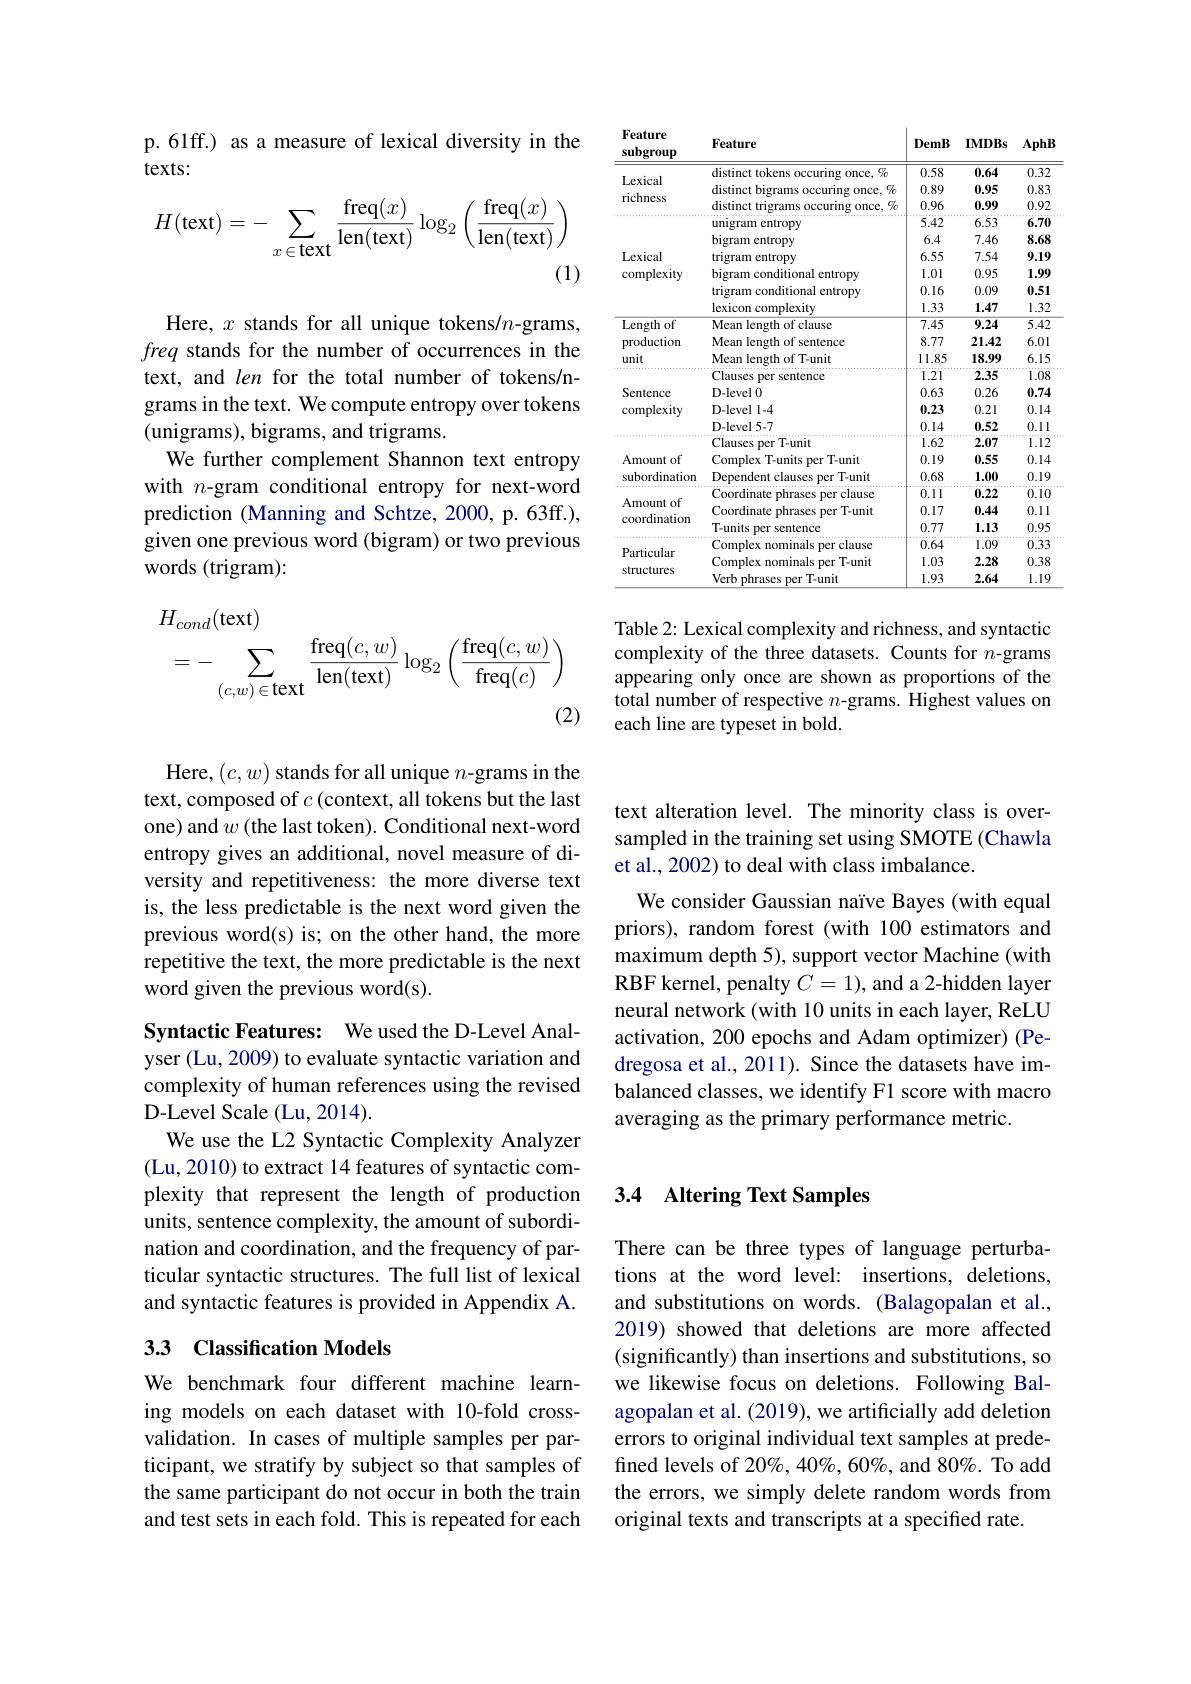
DemB IMDBs
<table>
	<tbody>
		<tr>
			<th> </th>
			<th>distinct tokens occuring once, %</th>
			<th>0.58</th>
			<th>0.64</th>
			<th>0.32</th>
		</tr>
		<tr>
			<td rowspan="3">Lexical richness</td>
			<td>distinct bigrams occuring once, $\%$</td>
			<td>0.89</td>
			<td>0.95</td>
			<td>0.83</td>
		</tr>
		<tr>
			<td>distinct trigrams occuring once, $\%$</td>
			<td>0.96</td>
			<td>0.99</td>
			<td>0.92</td>
		</tr>
		<tr>
			<td>unigram entropy</td>
			<td>5.42</td>
			<td>6.53</td>
			<td>6.70</td>
		</tr>
		<tr>
			<td rowspan="5">Lexical complexity</td>
			<td>bigram entropy</td>
			<td>6.4</td>
			<td>7.46</td>
			<td>8.68</td>
		</tr>
		<tr>
			<td>trigram entropy</td>
			<td>6.55</td>
			<td>7.54</td>
			<td>9.19</td>
		</tr>
		<tr>
			<td>bigram conditional entropy</td>
			<td>1.01</td>
			<td>0.95</td>
			<td>1.99</td>
		</tr>
		<tr>
			<td>trigram conditional entropy</td>
			<td>0.16</td>
			<td>0.09</td>
			<td>0.51</td>
		</tr>
		<tr>
			<td>lexicon complexity</td>
			<td>1.33</td>
			<td>1.47</td>
			<td>1.32</td>
		</tr>
		<tr>
			<td rowspan="3">Length of production unit</td>
			<td>Mean length of clause</td>
			<td>7.45</td>
			<td>9.24</td>
			<td>$\overline{5.42}$</td>
		</tr>
		<tr>
			<td>Mean length of sentence</td>
			<td>8.77</td>
			<td>21.42</td>
			<td>6.01</td>
		</tr>
		<tr>
			<td>Mean length of T-unit</td>
			<td>11.85</td>
			<td>18.99</td>
			<td>6.15</td>
		</tr>
		<tr>
			<td> </td>
			<td>Clauses per sentence</td>
			<td>1.21</td>
			<td>2.35</td>
			<td>1.08 </td>
		</tr>
		<tr>
			<td rowspan="3">Sentence complexity</td>
			<td>D-level 0</td>
			<td>0.63</td>
			<td>0.26</td>
			<td>0.74</td>
		</tr>
		<tr>
			<td>D-level 1-4</td>
			<td>0.23</td>
			<td>0.21</td>
			<td>0.14</td>
		</tr>
		<tr>
			<td>D-level 5-7</td>
			<td>0.14</td>
			<td>0.52</td>
			<td>0.11</td>
		</tr>
		<tr>
			<td rowspan="1">Sentence complexity</td>
			<td>Clauses per T-unit</td>
			<td>1.62</td>
			<td>2.07</td>
			<td>1.12</td>
		</tr>
		<tr>
			<td rowspan="2">Amount of subordination</td>
			<td>Complex T-units per T-unit</td>
			<td>0.19</td>
			<td>0.55</td>
			<td>0.14</td>
		</tr>
		<tr>
			<td>Dependent clauses per T-unit</td>
			<td>0.68</td>
			<td>1.00</td>
			<td>0.19</td>
		</tr>
		<tr>
			<td> </td>
			<td>Coordinate phrases per clause</td>
			<td>0.11</td>
			<td>0.22</td>
			<td>0.10</td>
		</tr>
		<tr>
			<td rowspan="2">Amount of coordination</td>
			<td>Coordinate phrases per T-unit</td>
			<td>0.17</td>
			<td>0.44</td>
			<td>0.11</td>
		</tr>
		<tr>
			<td>T-units per sentence</td>
			<td>0.77</td>
			<td>1.13</td>
			<td>0.95</td>
		</tr>
		<tr>
			<td rowspan="3">Particular structures</td>
			<td>Complex nominals per clause</td>
			<td>0.64</td>
			<td>1.09</td>
			<td>0.33</td>
		</tr>
		<tr>
			<td>Complex nominals per T-unit</td>
			<td>1.03</td>
			<td>2.28</td>
			<td>0.38</td>
		</tr>
		<tr>
			<td>Verb phrases per T-unit</td>
			<td>1.93</td>
			<td>2.64</td>
			<td>1.19</td>
		</tr>
	</tbody>
</table>

Feature

Table 2: Lexical complexity and richness, and syntactic complexity of the three datasets. Counts for $n$-grams appearing only once are shown as proportions of the total number of respective $n$-grams. Highest values on each line are typeset in bold.

p.61ff.) as a measure of lexical diversity in the
texts:
$$H(\text{text})=-\sum_{x\:\in\:\text{text}}\frac{\text{freq}(x)}{\text{len}(\text{text})}\log_2\left(\frac{\text{freq}(x)}{\text{len}(\text{text})}\right)$$
(1)

Here, $x$ stands for all unique tokens/$n$-grams, freq stands for the number of occurrences in the text, and len for the total number of tokens/ngrams in the text. We compute entropy over tokens (unigrams), bigrams, and trigrams.
We further complement Shannon text entropy with $n$-gram conditional entropy for next-word prediction (Manning and Schtze, 2000, p. 63ff.), given one previous word (bigram) or two previous words (trigram):
$$\begin{aligned}&H_{cond}(\mathrm{text})\\&=-\sum_{(c,w)\in\mathbf{text}}\frac{\mathrm{freq}(c,w)}{\mathrm{len}(\mathrm{text})}\log_{2}\left(\frac{\mathrm{freq}(c,w)}{\mathrm{freq}(c)}\right)\end{aligned}$$
Here, $(c,w)$ stands for all unique $n$-grams in the text, composed of $c$ (context, all tokens but the last one) and $w$ (the last token). Conditional next-word entropy gives an additional, novel measure of diversity and repetitiveness: the more diverse text is, the less predictable is the next word given the previous word(s) is; on the other hand, the more repetitive the text, the more predictable is the next word given the previous word(s).

Syntactic Features: We used the D-Level Analyser (Lu, 2009) to evaluate syntactic variation and complexity of human references using the revised D-Level Scale (Lu, 2014).
We use the L2 Syntactic Complexity Analyzer (Lu, 2010) to extract 14 features of syntactic complexity that represent the length of production units, sentence complexity, the amount of subordination and coordination, and the frequency of particular syntactic structures. The full list of lexical and syntactic features is provided in Appendix A.

### 33 Classification Models

We benchmark four different machine learning models on each dataset with 10-fold crossvalidation. In cases of multiple samples per participant, we stratify by subject so that samples of the same participant do not occur in both the train and test sets in each fold. This is repeated for each

text alteration level. The minority class is oversampled in the training set using SMOTE (Chawla et al., 2002) to deal with class imbalance

We consider Gaussian naïve Bayes (with equal priors), random forest (with 100 estimators and maximum depth 5), support vector Machine (with RBF kernel, penalty $C=1)$, and a 2-hidden layer neural network (with 10 units in each layer, ReLU activation, 200 epochs and Adam optimizer) (Pedregosa et al., 2011). Since the datasets have imbalanced classes, we identify F1 score with macro averaging as the primary performance metric

## 3.4 Altering Text Samples

There can be three types of language perturbations at the word level: insertions, deletions, and substitutions on words. (Balagopalan et al., 2019) showed that deletions are more affected (significantly) than insertions and substitutions, so we likewise focus on deletions. Following Balagopalan et al. (2019), we artificially add deletion errors to original individual text samples at predefined levels of $20\%,40\%,60\%$, and $80\%.$ To add the errors, we simply delete random words from original texts and transcripts at a specified rate.